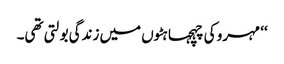
‘‘ مہرو کی چہچہاہٹوں میں زندگی بولتی تھی۔